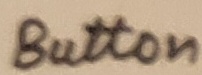
Text: Button